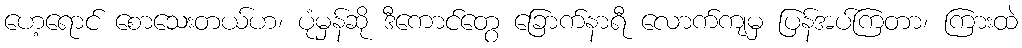
ဟေ့ရောင် စောသေးတယ်ဟ၊ ပုံမှန်ဆို ဒီကောင်တွေ ခြောက်နာရီ လောက်ကျမှ ပြန်အပ်ကြတာ၊ ကြားထဲ